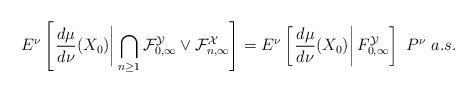
LaTeX: \begin{align*}E^{\nu}\left[\left.\frac{d\mu}{d\nu}(X_{0})\right|\bigcap_{n \geq 1}\mathcal{F}_{0,\infty}^{\mathcal{Y}}\vee \mathcal{F}_{n,\infty}^{\mathcal{X}}\right]&=E^{\nu}\left[\left.\frac{d\mu}{d\nu}(X_{0})\right|{F}_{0,\infty}^{\mathcal{Y}}\right]~P^{\nu}~a.s.\end{align*}